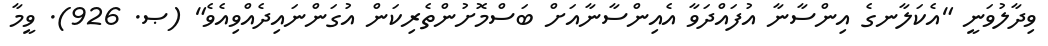
ވިދާލުވަނީ "އެކަލާނގެ އިންސާނާ އުފައްދަވާ އެއިންސާނާއަށް ބަސްމޮށުންތެރިކަން އުގަންނައިދެއްވިއެވެ" (ޞ. 926). ވީމާ